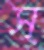
স্